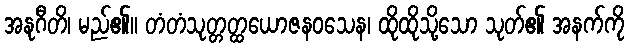
အနုဂီတိ၊ မည်၏။ တံတံသုတ္တတ္ထယောဇနဝသေန၊ ထိုထိုသို့သော သုတ်၏ အနက်ကို